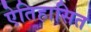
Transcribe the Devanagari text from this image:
ऐतिहासित